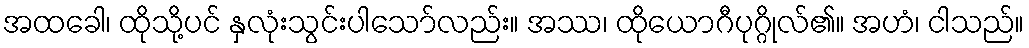
အထခေါ၊ ထိုသို့ပင် နှလုံးသွင်းပါသော်လည်း။ အဿ၊ ထိုယောဂီပုဂ္ဂိုလ်၏။ အဟံ၊ ငါသည်။